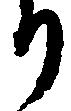
り